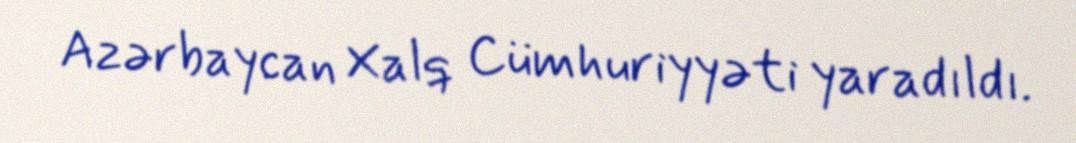
Azərbaycan Xalq Cümhuriyyəti yaradıldı.